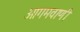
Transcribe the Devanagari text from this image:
आगमवाणी